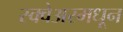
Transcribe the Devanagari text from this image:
स्क्वेअरमधून